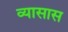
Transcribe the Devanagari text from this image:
व्यासास